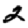
Digit: 2